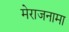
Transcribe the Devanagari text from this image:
मेराजनामा